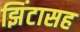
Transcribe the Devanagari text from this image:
झिंटासह